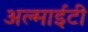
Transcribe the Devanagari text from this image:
अल्माईटी